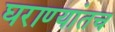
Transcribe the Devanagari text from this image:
घराण्यांतच